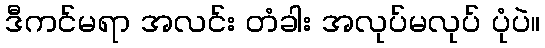
ဒီကင်မရာ အလင်း တံခါး အလုပ်မလုပ် ပုံပဲ။